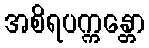
အစိရပက္ကန္တော